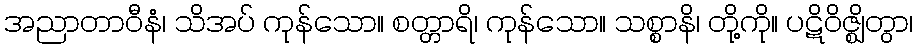
အညာတာဝီနံ၊ သိအပ် ကုန်သော။ စတ္တာရိ၊ ကုန်သော။ သစ္စာနိ၊ တို့ကို။ ပဋိဝိဇ္ဈိတွာ၊